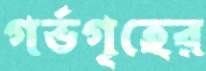
গর্ভগৃহের